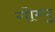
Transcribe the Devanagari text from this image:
गोम्‍पू